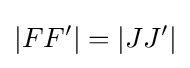
|FF'|=|JJ'|